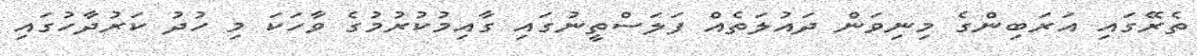
ތެރޭގައި އަރަބިންގެ މިނިވަން ދައުލަތެއް ފަލަސްތީނުގައި ގާއިމުކުރުމުގެ ވާހަކަ މި ހުދު ކަރުދާހުގައި